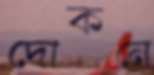
দোকনে